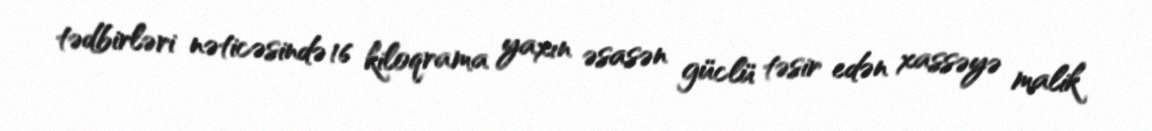
tədbirləri nəticəsində 16 kiloqrama yaxın əsasən güclü təsir edən xassəyə malik